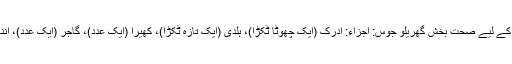
جوڑوں کے درد سے بچنے کے لیے صحت بخش گھریلو جوس: اجزاء: ادرک (ایک چھوٹا ٹکڑا)، ہلدی (ایک تازہ ٹکڑا)، کھیرا (ایک عدد)، گاجر (ایک عدد)، انناس کے قتلے (حسبِ منشاء)۔